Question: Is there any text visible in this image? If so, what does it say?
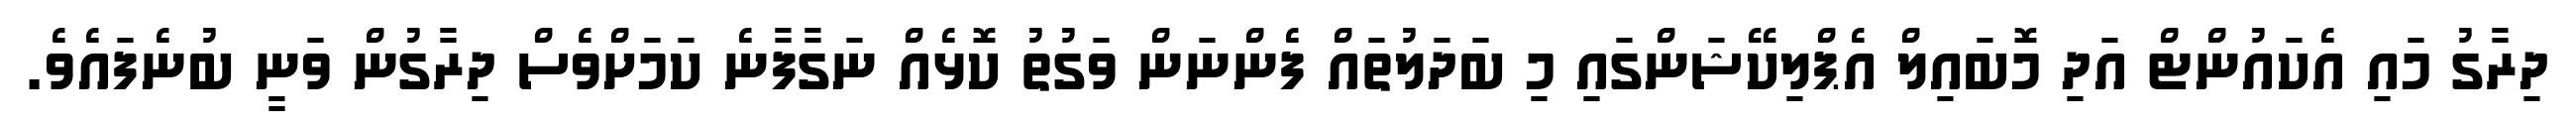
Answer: ދިރާގު މައި އެކައުންޓް އަދި މޮބައިލް އެޕްލިކޭޝަންގައި މި ބަދަލުތައް ފެންނަން ވަގުތު ކޮޅެއް ނަގާފާނެ ކަމަށްވެސް ދިރާގުން ވަނީ ބުނެފައެވެ.